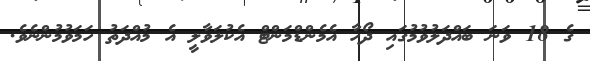
ގެ 18 ވަނަ ބައްދަލުވުމުގައި ދޯހާ އެމެންޑްމަންޓް އެކުލަވާލީ އެ މުއްދަތު ހަމަވުމުންނެވެ.